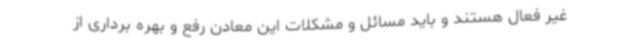
غیر فعال هستند و باید مسائل و مشکلات این معادن رفع و بهره برداری از